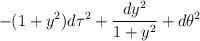
LaTeX: \begin{align*}-(1+y^2) d\tau^2 + {dy^2 \over 1+y^2} + d\theta^2\end{align*}